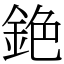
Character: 銫